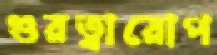
গুরত্বারোপ